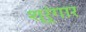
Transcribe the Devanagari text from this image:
श्रृंंगार